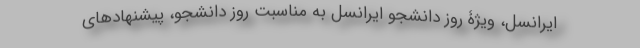
ایرانسل، ویژۀ روز دانشجو ایرانسل به مناسبت روز دانشجو، پیشنهادهای